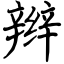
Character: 辫